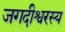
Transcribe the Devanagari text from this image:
जगदीश्वरस्य